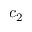
c _ { 2 }